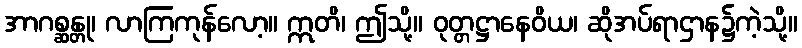
အာဂစ္ဆန္တု၊ လာကြကုန်လော့။ ဣတိ၊ ဤသို့။ ဝုတ္တဋ္ဌာနေဝိယ၊ ဆိုအပ်ရာဌာန၌ကဲ့သို့။